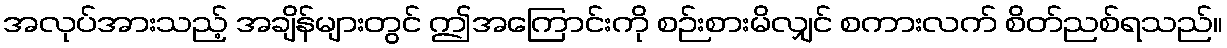
အလုပ်အားသည့် အချိန်များတွင် ဤအကြောင်းကို စဉ်းစားမိလျှင် စကားလက် စိတ်ညစ်ရသည်။